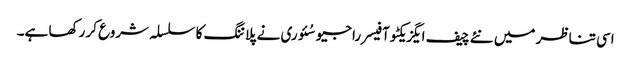
اسی تناظر میں نئے چیف ایگزیکٹو آفیسر راجیو سُئوری نے پلاننگ کا سلسلہ شروع کر رکھا ہے۔